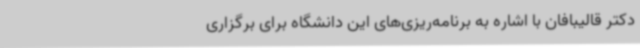
دکتر قالیبافان با اشاره به برنامه‌ریزی‌های این دانشگاه برای برگزاری